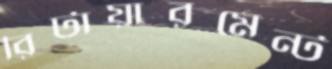
রিটায়ারমেন্ট